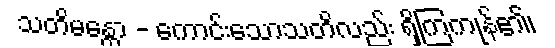
သတိမန္တော - ကောင်းသောသတိလည်း ရှိကြကုန်၏၊